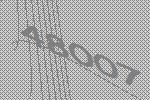
48007